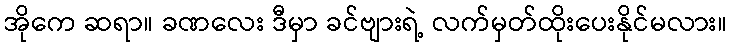
အိုကေ ဆရာ။ ခဏလေး ဒီမှာ ခင်ဗျားရဲ့ လက်မှတ်ထိုးပေးနိုင်မလား။